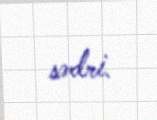
sədri.